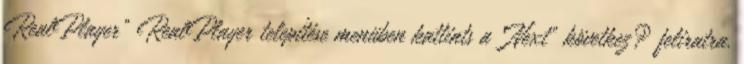
RealPlayer" RealPlayer telepítése menüben kattints a "Next" következ? feliratra.